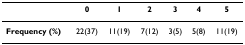
<table><thead><tr><td></td><td><b>0</b></td><td><b>1</b></td><td><b>2</b></td><td><b>3</b></td><td><b>4</b></td><td><b>5</b></td></tr></thead><tbody><tr><td><b>Frequency (%)</b></td><td>22(37)</td><td>11(19)</td><td>7(12)</td><td>3(5)</td><td>5(8)</td><td>11(19)</td></tr></tbody></table>